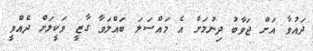
ދައުވާ އަށް ޖަވާބު ދިނުމަށް އެ މައްސަލަ ބައްލަވާ ގާޒީ ވަކީލަށް ދެއްވީ